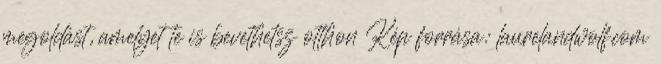
megoldást, amelyet te is bevethetsz otthon Kép forrása: laurelandwolf.com